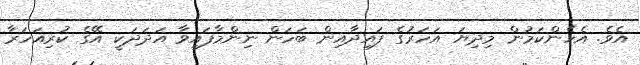
އެވެ. އެހެންކަމުން މިދިޔަ އަހަރުގެ ފައިދާއިން ބަހަން ނިންމާފައިވާ އަދަދަކީ އޭގެ ކުރިއަހަރާ